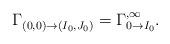
LaTeX: \begin{align*} \Gamma^{}_{(0,0)\to (I_0,J_0)}=\Gamma^{,\infty}_{0\to I_0}.\end{align*}